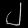
Digit: ၂